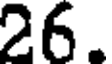
26.